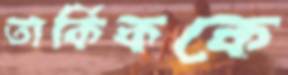
তার্কিককে